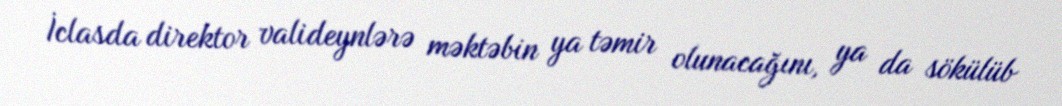
İclasda direktor valideynlərə məktəbin ya təmir olunacağını, ya da sökülüb